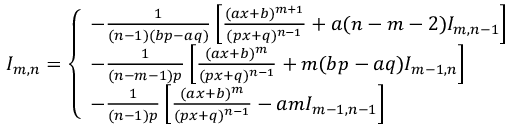
I _ { m , n } = { \left\{ \begin{array} { l l } { - { \frac { 1 } { ( n - 1 ) ( b p - a q ) } } \left[ { \frac { ( a x + b ) ^ { m + 1 } } { ( p x + q ) ^ { n - 1 } } } + a ( n - m - 2 ) I _ { m , n - 1 } \right] } \\ { - { \frac { 1 } { ( n - m - 1 ) p } } \left[ { \frac { ( a x + b ) ^ { m } } { ( p x + q ) ^ { n - 1 } } } + m ( b p - a q ) I _ { m - 1 , n } \right] } \\ { - { \frac { 1 } { ( n - 1 ) p } } \left[ { \frac { ( a x + b ) ^ { m } } { ( p x + q ) ^ { n - 1 } } } - a m I _ { m - 1 , n - 1 } \right] } \end{array} \right. } \,